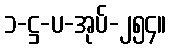
၁-ဋ္ဌ-ပ-အုပ်-၂၅၄။